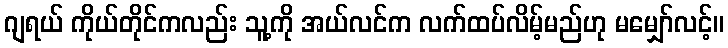
ဂျရယ် ကိုယ်တိုင်ကလည်း သူ့ကို အယ်လင်က လက်ထပ်လိမ့်မည်ဟု မမျှော်လင့်။